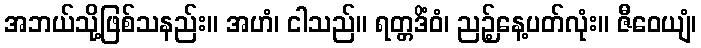
အဘယ်သို့ဖြစ်သနည်း။ အဟံ၊ ငါသည်။ ရတ္တဒိံဝံ၊ ညဉ့်နေ့ပတ်လုံး။ ဇီဝေယျံ၊